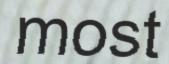
most